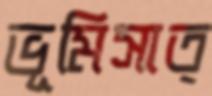
ভূমিসাত্